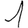
Digit: 1